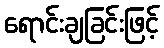
ရောင်းချခြင်းဖြင့်